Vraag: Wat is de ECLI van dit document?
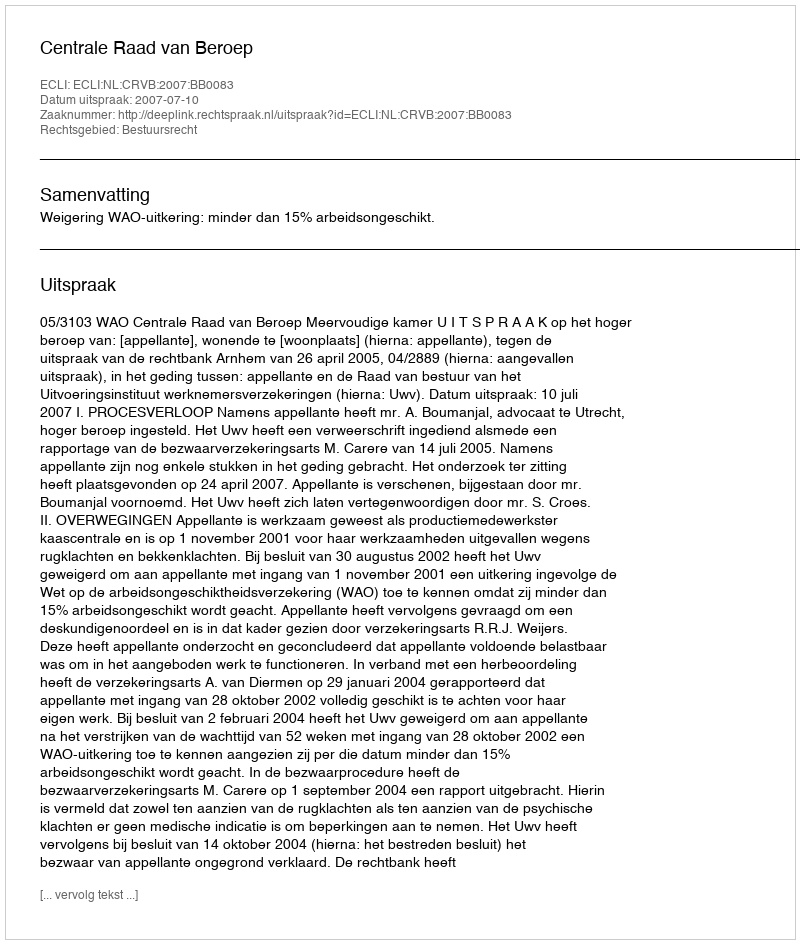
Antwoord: ECLI:NL:CRVB:2007:BB0083